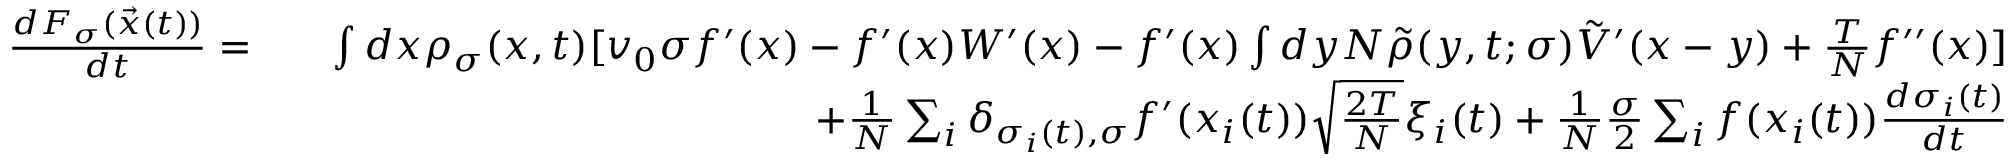
\begin{array} { r l r } { \frac { d F _ { \sigma } ( \vec { x } ( t ) ) } { d t } = } & { } & { \int d x \rho _ { \sigma } ( x , t ) [ v _ { 0 } \sigma f ^ { \prime } ( x ) - f ^ { \prime } ( x ) W ^ { \prime } ( x ) - f ^ { \prime } ( x ) \int d y N \tilde { \rho } ( y , t ; \sigma ) \tilde { V } ^ { \prime } ( x - y ) + \frac { T } { N } f ^ { \prime \prime } ( x ) ] } \\ & { } & { + \frac { 1 } { N } \sum _ { i } \delta _ { \sigma _ { i } ( t ) , \sigma } f ^ { \prime } ( x _ { i } ( t ) ) \sqrt { \frac { 2 T } { N } } \xi _ { i } ( t ) + \frac { 1 } { N } \frac { \sigma } { 2 } \sum _ { i } f ( x _ { i } ( t ) ) \frac { d \sigma _ { i } ( t ) } { d t } } \end{array}